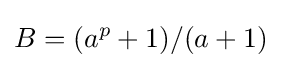
B=(a^{p}+1)/(a+1)